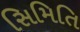
સિમિતિ